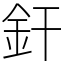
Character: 釬